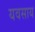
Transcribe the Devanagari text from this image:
यवसाय